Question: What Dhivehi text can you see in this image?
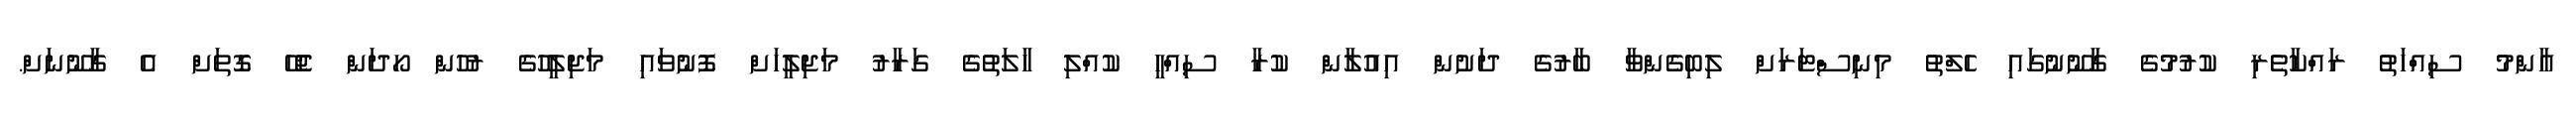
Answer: އާންމު ސިއްހަތު ރައްކާތެރި ކުރުމުގެ ގާނޫނުގައި ހެލްތު މިނިސްޓަރަށް ލިބިގެންވާ ބާރުގެ ދަށުން އިއުލާން ކުރާ ސިއްހީ ކުއްލި ހާލަތުގެ ގަރާރު މަޖިލީހަށް ފޮނުވައި މަޖިލީހުގެ ރުހުން ހޯދަން ޖެހޭ ގޮތަށް އެ ގާނޫނަށް.